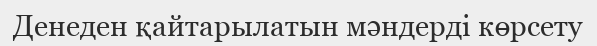
Денеден қайтарылатын мәндерді көрсету